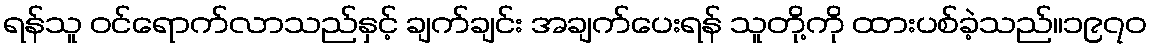
ရန်သူ ဝင်ရောက်လာသည်နှင့် ချက်ချင်း အချက်ပေးရန် သူတို့ကို ထားပစ်ခဲ့သည်။၁၉၇၀